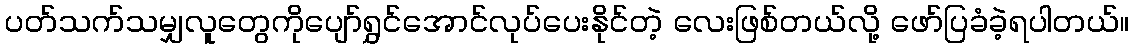
ပတ်သက်သမျှလူတွေကိုပျော်ရွှင်အောင်လုပ်ပေးနိုင်တဲ့ လေးဖြစ်တယ်လို့ ဖော်ပြခံခဲ့ရပါတယ်။